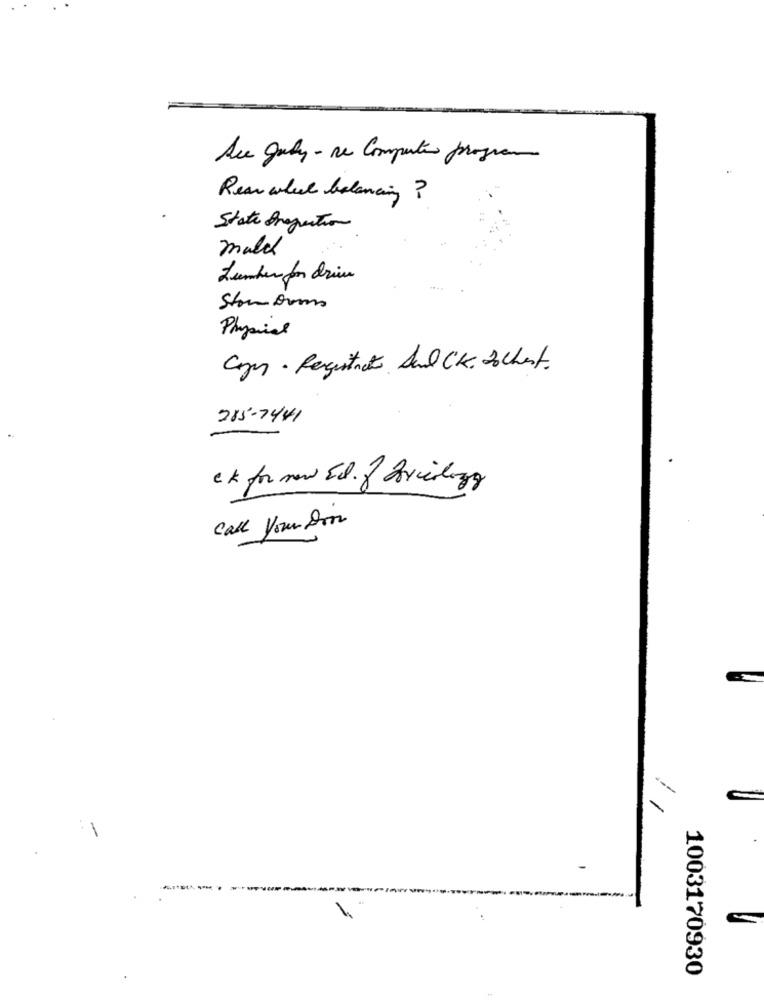
Ase July- De Computer program
Rear wheel balancing ?
State Projection
male
Lumber for drie
Stonovos
Physical
Cage· Registrato Said CK. Dochest.
285-7441
ek for new Ed. f Pvclogo
call Your Door
---
1-
-
-
1003170930